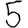
Digit: 5